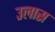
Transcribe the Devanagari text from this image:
उलास